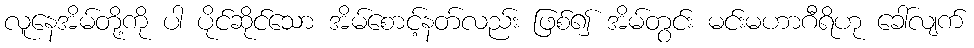
လူနေအိမ်တို့ကို ပါ ပိုင်ဆိုင်သော အိမ်စောင့်နတ်လည်း ဖြစ်၍ အိမ်တွင်း မင်းမဟာဂီရိဟု ခေါ်လျက်